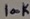
Text: 100K